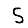
Digit: 5